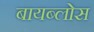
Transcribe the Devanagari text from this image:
बायब्लोस